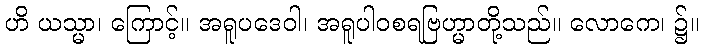
ဟိ ယသ္မာ၊ ကြောင့်။ အရူပဒေဝါ၊ အရူပါဝစရဗြဟ္မာတို့သည်။ လောကေ၊ ၌။